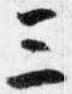
三